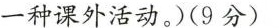
课外活动小组人数统计表。(每名同学只参加一种课外活动。）(9分）